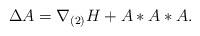
LaTeX: \begin{align*}\Delta A = \nabla_{(2)}H + A*A*A. \end{align*}